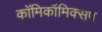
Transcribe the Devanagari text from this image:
काॅमिकॉमिक्सप